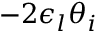
- 2 \epsilon _ { l } \theta _ { i }